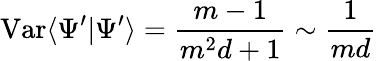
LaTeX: \operatorname{Var}\langle\Psi^{\prime}|\Psi^{\prime}\rangle=\frac{m-1}{m^{2}d+1}\sim\frac{1}{md}